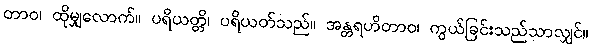
တာဝ၊ ထိုမျှလောက်။ ပရိယတ္တိ၊ ပရိယတ်သည်။ အန္တရဟိတာဝ၊ ကွယ်ခြင်းသည်သာလျှင်။